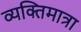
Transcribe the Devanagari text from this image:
व्यक्तिमात्रा